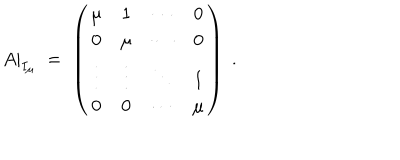
LaTeX: A | _ { I _ { \mu } } \; = \; \left( \begin{array} { c c c c } { { \mu } } & { { 1 } } & { { \cdots } } & { { 0 } } \\ { { 0 } } & { { \mu } } & { { \cdots } } & { { 0 } } \\ { { \vdots } } & { { \vdots } } & { { \ddots } } & { { 1 } } \\ { { 0 } } & { { 0 } } & { { \cdots } } & { { \mu } } \\ \end{array} \right) \; .